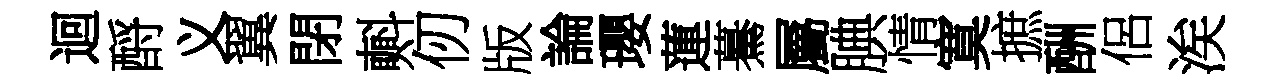
迴酹义翼閉㪺仞版論瓔蓮驀屬腆情寞摭酬侶涘